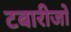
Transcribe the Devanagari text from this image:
टबारीजो